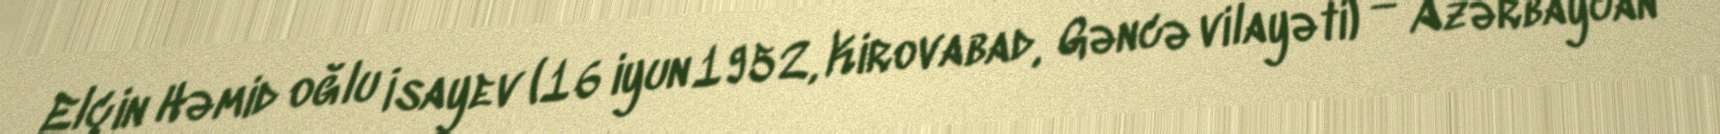
Elçin Həmid oğlu İsayev (16 iyun 1952, Kirovabad, Gəncə vilayəti) — Azərbaycan